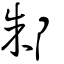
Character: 邾